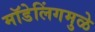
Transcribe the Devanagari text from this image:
मॉडेलिंगमुळे